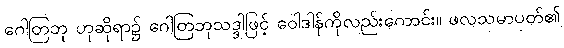
ဂေါတြဘု ဟုဆိုရာ၌ ဂေါတြဘုသဒ္ဒါဖြင့် ဝေါဒါန်ကိုလည်းကောင်း။ ဖလသမာပတ်၏